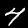
Digit: 4